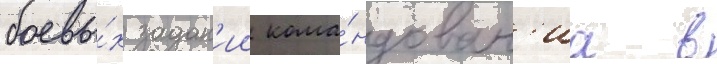
боевы́х задан'ии кома́ндован'иа в